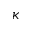
\kappa